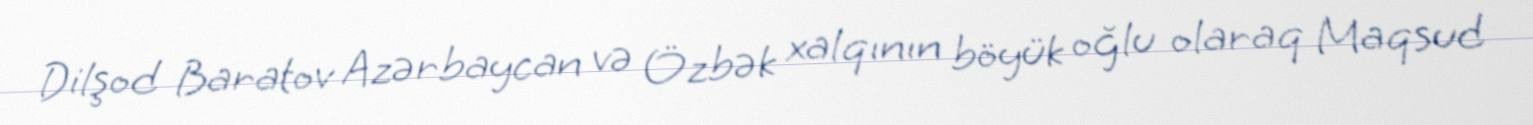
Dilşod Baratov Azərbaycan və Özbək xalqının böyük oğlu olaraq Maqsud